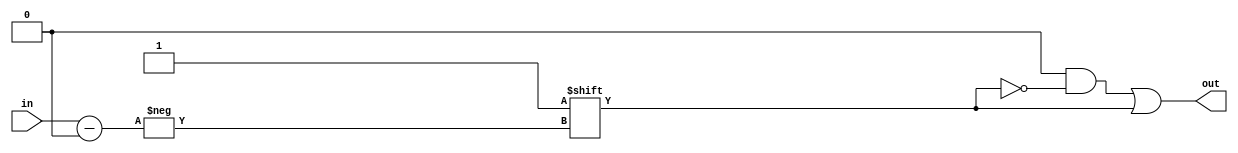
module decoder #(parameter IN_WIDTH = 3) (
	in, out
);
	input [(IN_WIDTH-1):0] in;
	output reg [((1<<IN_WIDTH)-1):0] out;

	always @(in)
	begin
		out = {(1<<IN_WIDTH){1'b0}};
		out[in] = 1'b1;
	end

endmodule